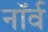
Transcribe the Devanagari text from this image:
नॉर्व